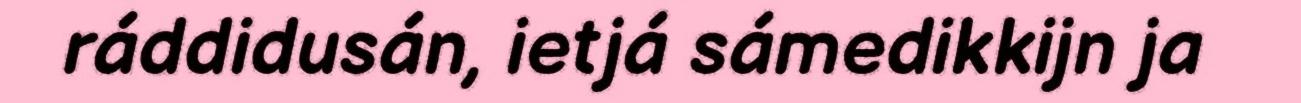
ráddidusán, ietjá sámedikkijn ja